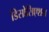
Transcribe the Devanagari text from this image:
डिसोसिएशन